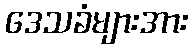
ဒေသခံများအား